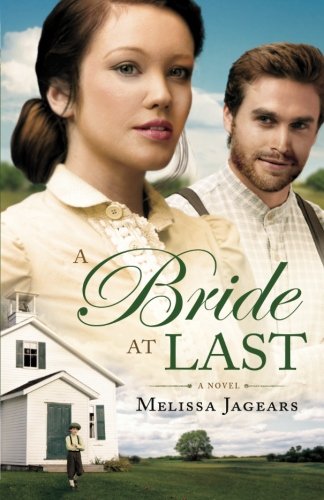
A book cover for A Bride at Last; Melissa Jagears; Romance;